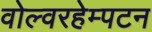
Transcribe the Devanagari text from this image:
वोल्वरहेम्पटन